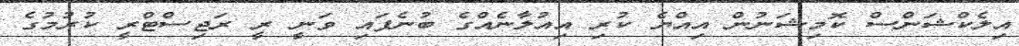
އިލެކްޝަންސް ކޮމިޝަނުން އިއްޔެ ކުރި އިއުލާނެއްގެ ބުނެފައި ވަނީ ރީ ރަޖިސްޓްރީ ކުރުމުގެ